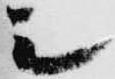
シ